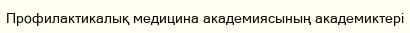
Профилактикалық медицина академиясының академиктері